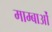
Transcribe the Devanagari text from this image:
माम्बाओं